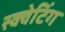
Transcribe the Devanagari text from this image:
स्क्वेटिंग